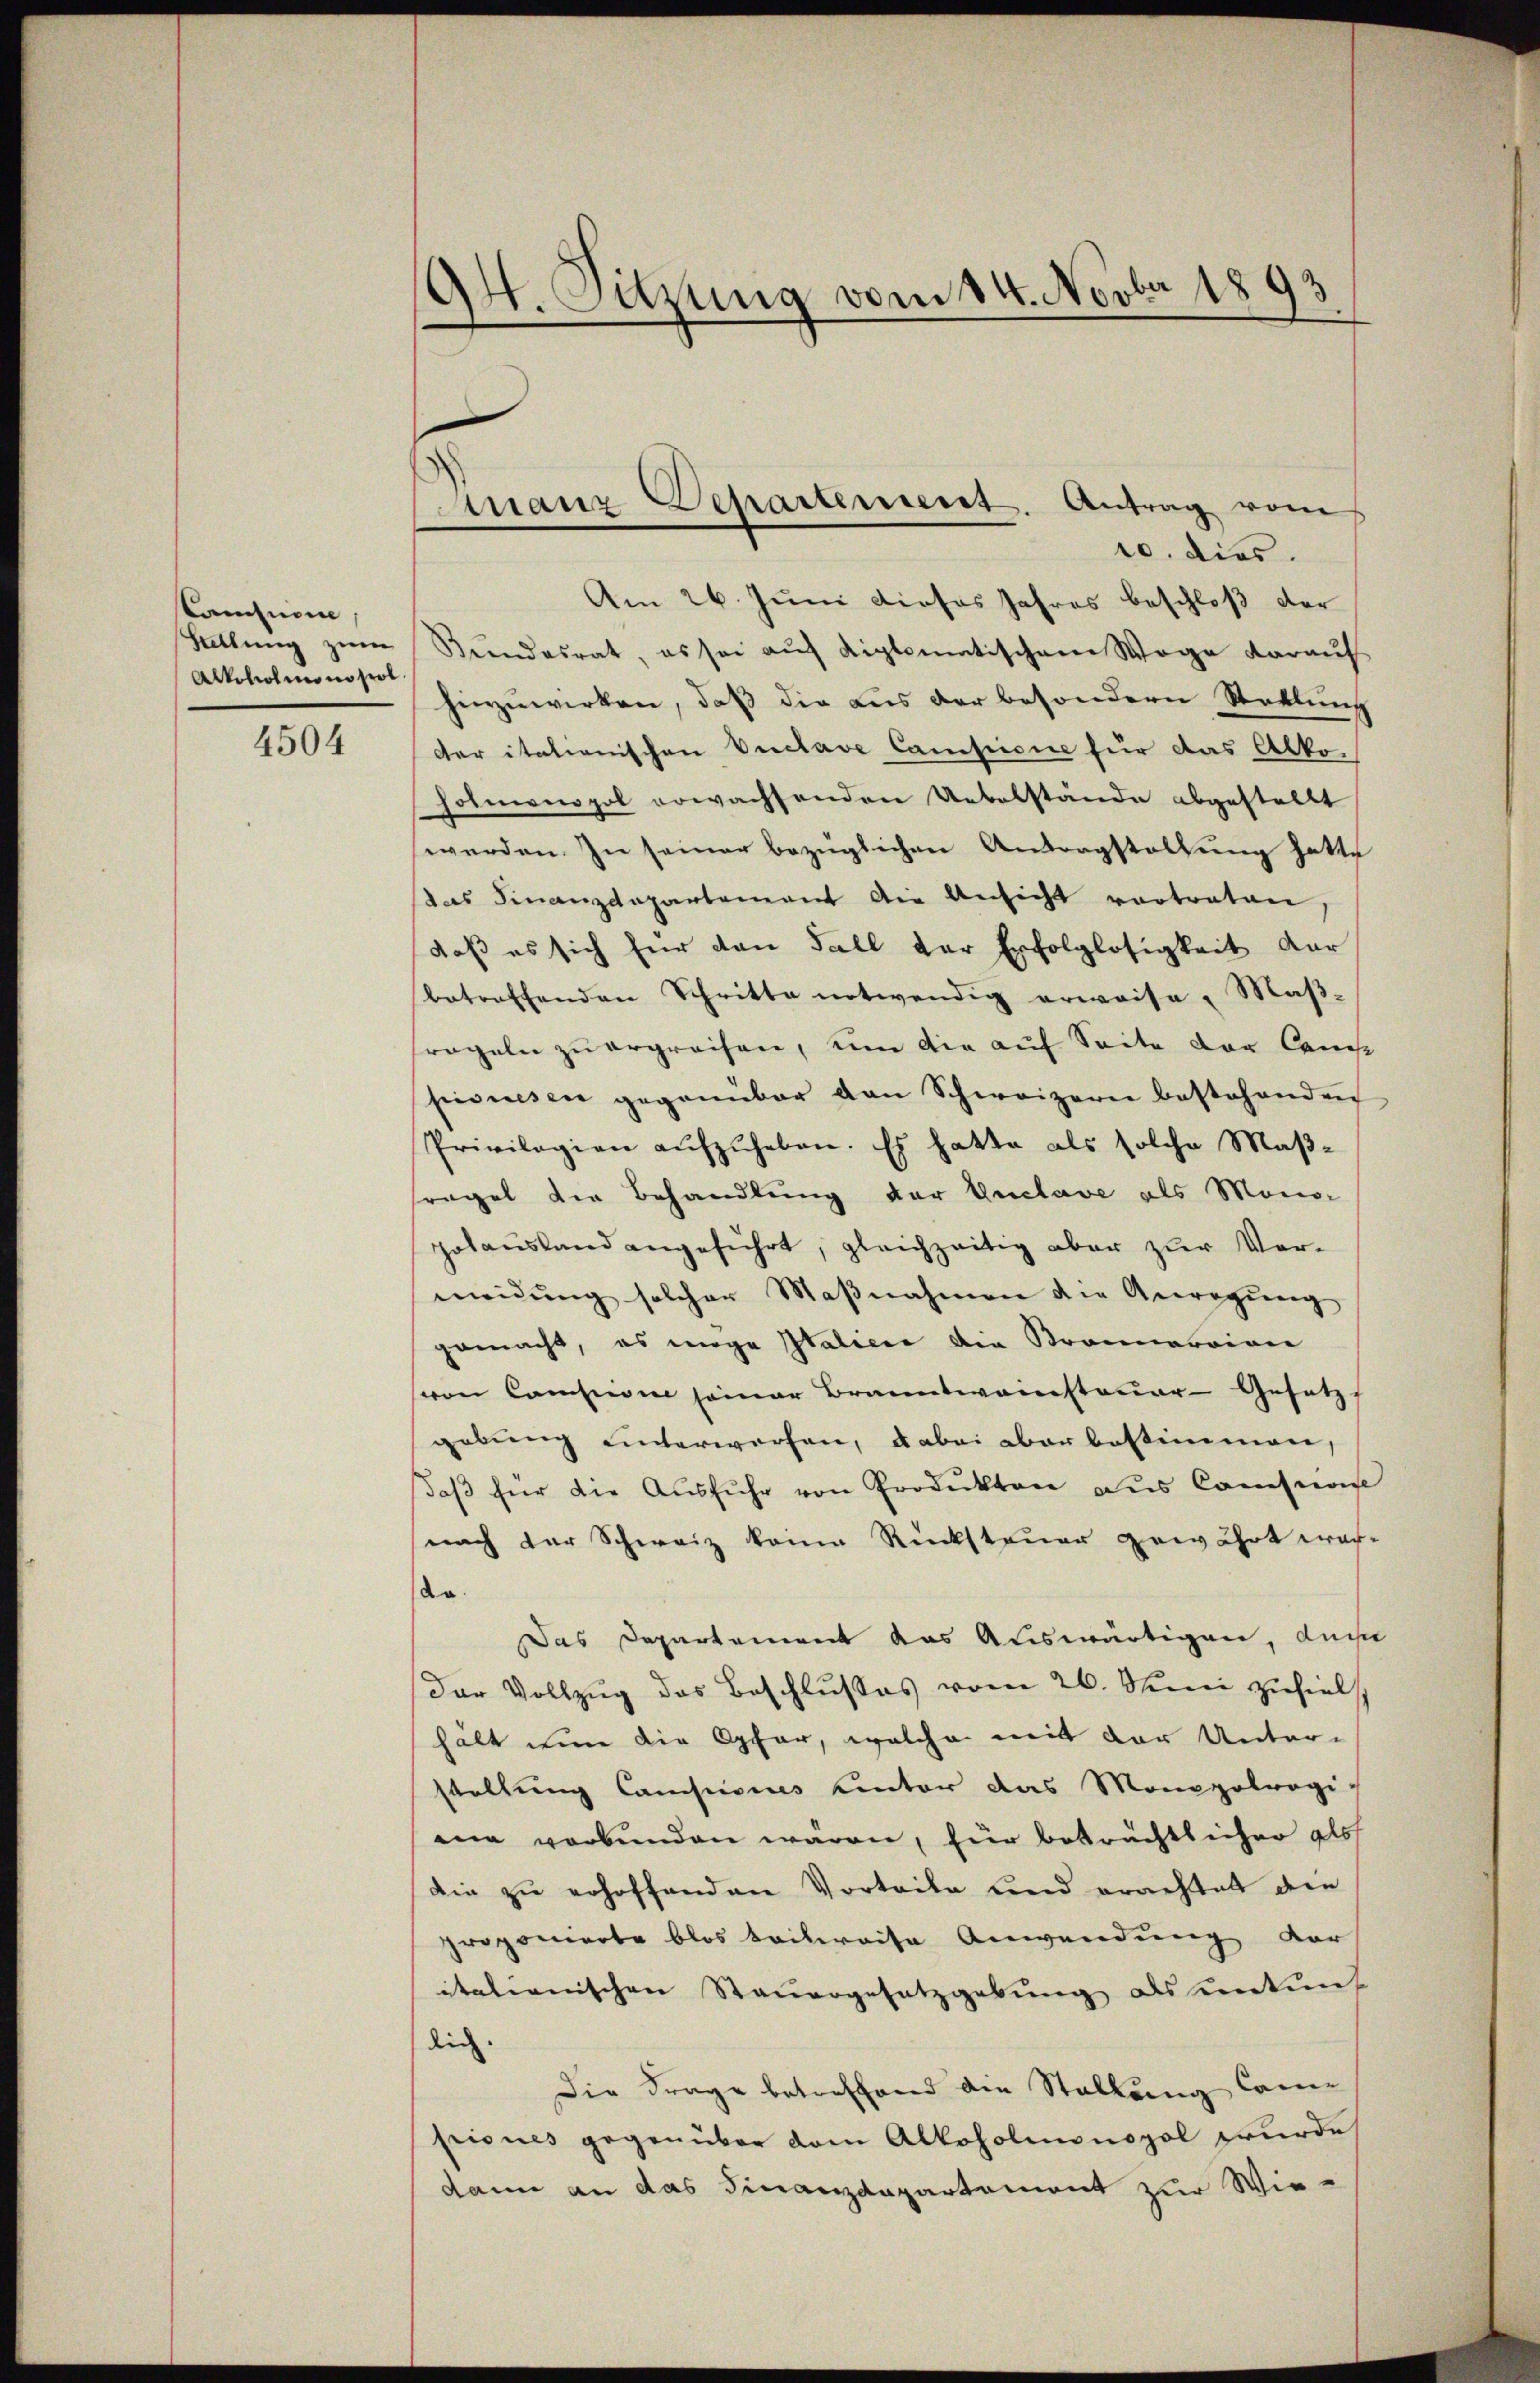
samision
Stellung zum
Alkoholmonopol

4504

94. Sitzung vom 14. Novbr 1893

Finanz Departement. Antrag vom

10. dies.
Am 26. Juni dieses Jahres beschloß der
Beendesrat, es sei auf diplomatischem Wege darauf
hinzuwirken, daß die aus der besondern Stellung
der italionischen Vuclave Campirie für das Alkoholmonopol erwachsenden Uebelstände abgestellt
werden. In seiner bezüglichen Antragstellung hatte
das Finanzdepartement die Ansicht vortraten
daß es sich für den Fall der Erfolglosigkeit dar
betreffenden Schritte notwendig erwaise, Maß-
regeln zu ergreifen, eine die auf Seite der Cens
pionesen gegenüber den Schweizern bestehenden
Privilegien aŭfzŭheben. Es hatte als solche Maßfragel die Behandlung der Enclave als Mono-
polausland angeführt, gleichzeitig aber zur Vermeidŭng solcher Maβnahmen die Anregung
gemacht, es möge Italiere der Strannercion
von Canzen seiner Branntweinsteuer-Gesetz
gebung unterworfen, dabei aber bestimmen,
daβ für die Aŭsführ von Produkten aŭs Comision
nach der Schweiz keine Rücksteuer gewährt werda.
Das Departement das Auswärtigen, de
der Vollzug das Beschlußes vom 26. Juni zuhielt
halt eine die Opfer, welche mit der Unter-
stellung Campisius unter das Monopolrogi-
mie verbunden wären, für beträchtlicher als
Die zu erhoffenden Vorteile und erachtet den
proponierte blos teilweise Anwendung vor
italienischen Steuergesetzgebung als unkunt
dich.
Die Frage betreffend die Stellung Came
piones gegenüber dem Alkoholmonopol wurde
dann an das Finanzdepartemont zur Wie¬